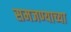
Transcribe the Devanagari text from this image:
समजण्याच्या